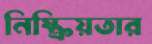
নিষ্ক্রিয়তার